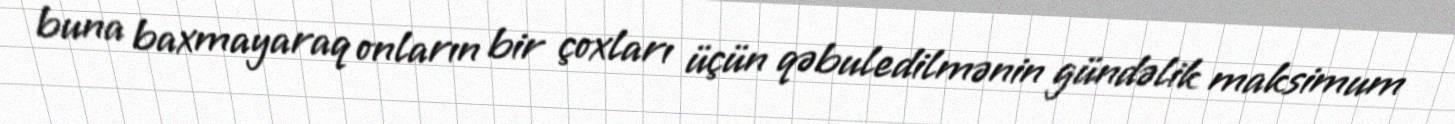
buna baxmayaraq onların bir çoxları üçün qəbuledilmənin gündəlik maksimum